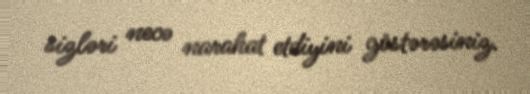
sizləri necə narahat etdiyini göstərəsiniz.